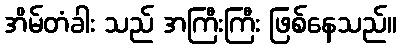
အိမ်တံခါး သည် အကြီးကြီး ဖြစ်နေသည်။